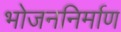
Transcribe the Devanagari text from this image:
भोजननिर्माण